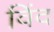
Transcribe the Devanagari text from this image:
विंद